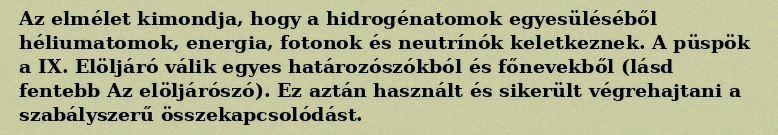
Az elmélet kimondja, hogy a hidrogénatomok egyesüléséből héliumatomok, energia, fotonok és neutrínók keletkeznek. A püspök a IX. Elöljáró válik egyes határozószókból és főnevekből (lásd fentebb Az elöljárószó). Ez aztán használt és sikerült végrehajtani a szabályszerű összekapcsolódást.